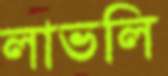
লাভলি